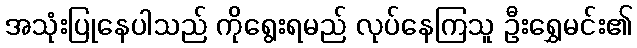
အသုံးပြုနေပါသည် ကိုရွေးရမည် လုပ်နေကြသူ ဦးရွှေမင်း၏